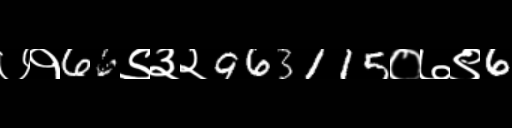
Text: ७१66९३२963115०७९6